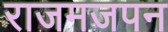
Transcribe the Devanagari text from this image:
राजमजपन